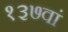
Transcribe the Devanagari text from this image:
१३७वां